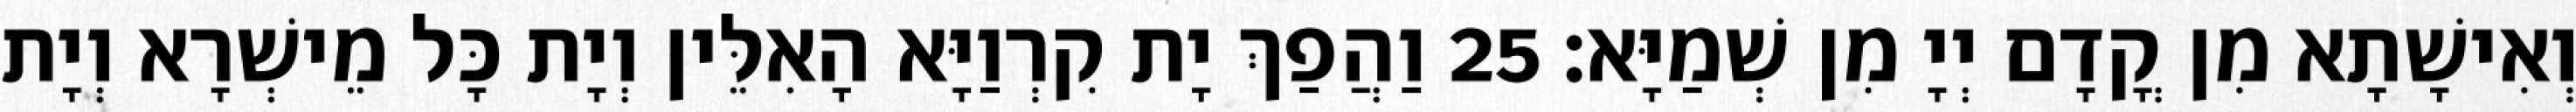
וְאִישָׁתָא מִן קֳדָם יְיָ מִן שְׁמַיָּא׃ 25 וַהֲפַךְ יָת קִרְוַיָּא הָאִלֵּין וְיָת כָּל מֵישְׁרָא וְיָת